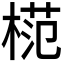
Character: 𣔶